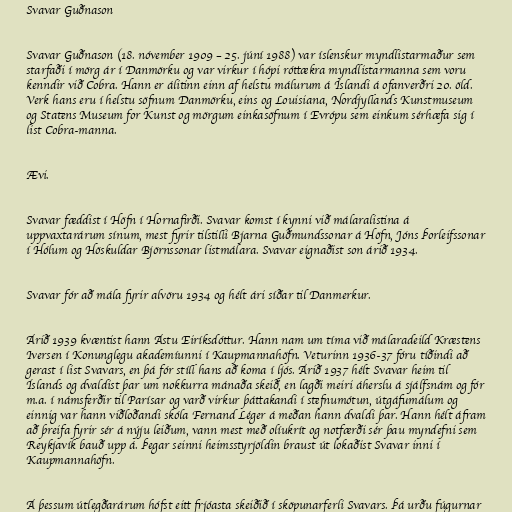
Svavar Guðnason

Svavar Guðnason (18. nóvember 1909 – 25. júní 1988) var íslenskur myndlistarmaður sem
starfaði í mörg ár í Danmörku og var virkur í hópi róttækra myndlistarmanna sem voru
kenndir við Cobra. Hann er álitinn einn af helstu málurum á Íslandi á ofanverðri 20. öld.
Verk hans eru í helstu söfnum Danmörku, eins og Louisiana, Nordjyllands Kunstmuseum
og Statens Museum for Kunst og mörgum einkasöfnum í Evrópu sem einkum sérhæfa sig í
list Cobra-manna.

Ævi.

Svavar fæddist í Höfn í Hornafirði. Svavar komst í kynni við málaralistina á
uppvaxtarárum sínum, mest fyrir tilstilli Bjarna Guðmundssonar á Höfn, Jóns Þorleifssonar
í Hólum og Höskuldar Björnssonar listmálara. Svavar eignaðist son árið 1934.

Svavar fór að mála fyrir alvöru 1934 og hélt ári síðar til Danmerkur.

Árið 1939 kvæntist hann Ástu Eiríksdóttur. Hann nam um tíma við málaradeild Kræstens
Iversen í Konunglegu akademíunni í Kaupmannahöfn. Veturinn 1936-37 fóru tíðindi að
gerast í list Svavars, en þá fór stíll hans að koma í ljós. Árið 1937 hélt Svavar heim til
Íslands og dvaldist þar um nokkurra mánaða skeið, en lagði meiri áherslu á sjálfsnám og fór
m.a. í námsferðir til Parísar og varð virkur þáttakandi í stefnumótun, útgáfumálum og
einnig var hann viðloðandi skóla Fernand Léger á meðan hann dvaldi þar. Hann hélt áfram
að þreifa fyrir sér á nýju leiðum, vann mest með olíukrít og notfærði sér þau myndefni sem
Reykjavík bauð upp á. Þegar seinni heimsstyrjöldin braust út lokaðist Svavar inni í
Kaupmannahöfn.

Á þessum útlegðarárum hófst eitt frjóasta skeiðið í sköpunarferli Svavars. Þá urðu fúgurnar